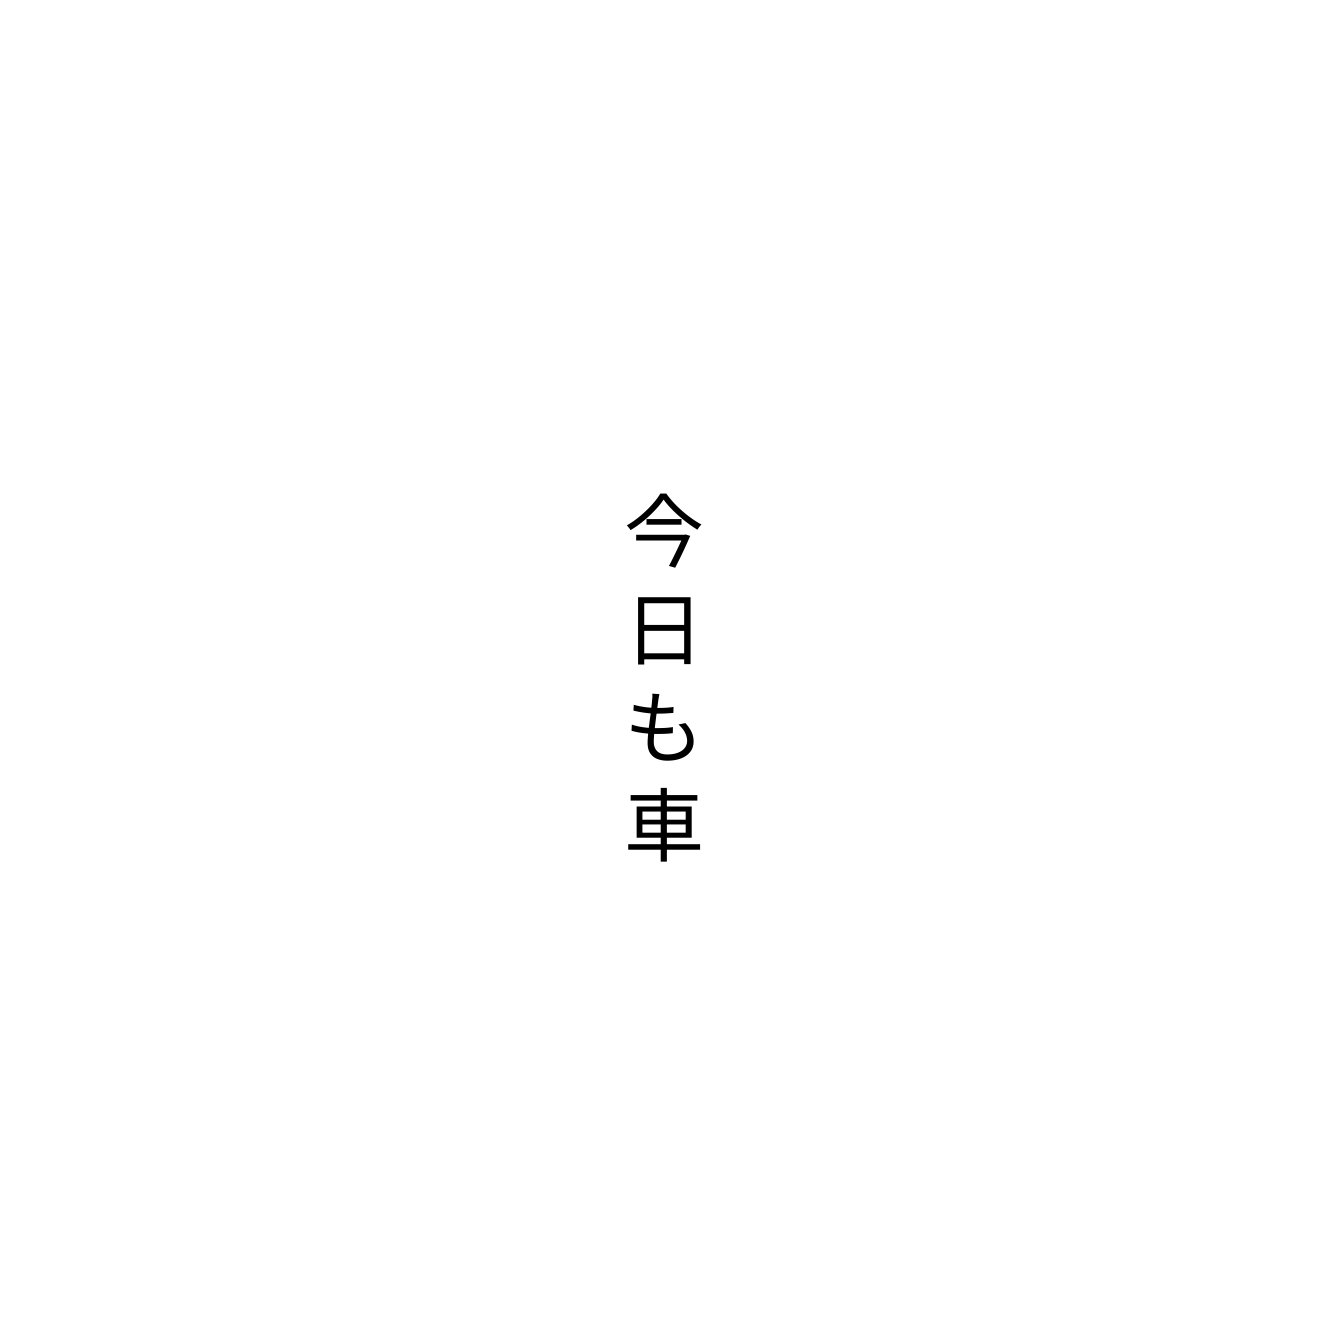
今日も車